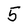
Character: 5